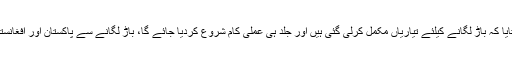
بریگیڈیئر ندیم سہیل نے بتایا کہ باڑ لگانے کیلئے تیاریاں مکمل کرلی گئی ہیں اور جلد ہی عملی کام شروع کردیا جائے گا، باڑ لگانے سے پاکستان اور افغانستان دونوں کو ہی فائدہ ہوگا۔